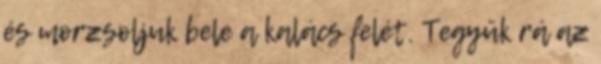
és morzsoljuk bele a kalács felét. Tegyük rá az